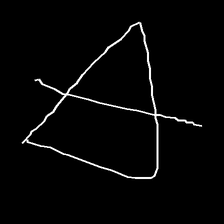
Glyph: empower